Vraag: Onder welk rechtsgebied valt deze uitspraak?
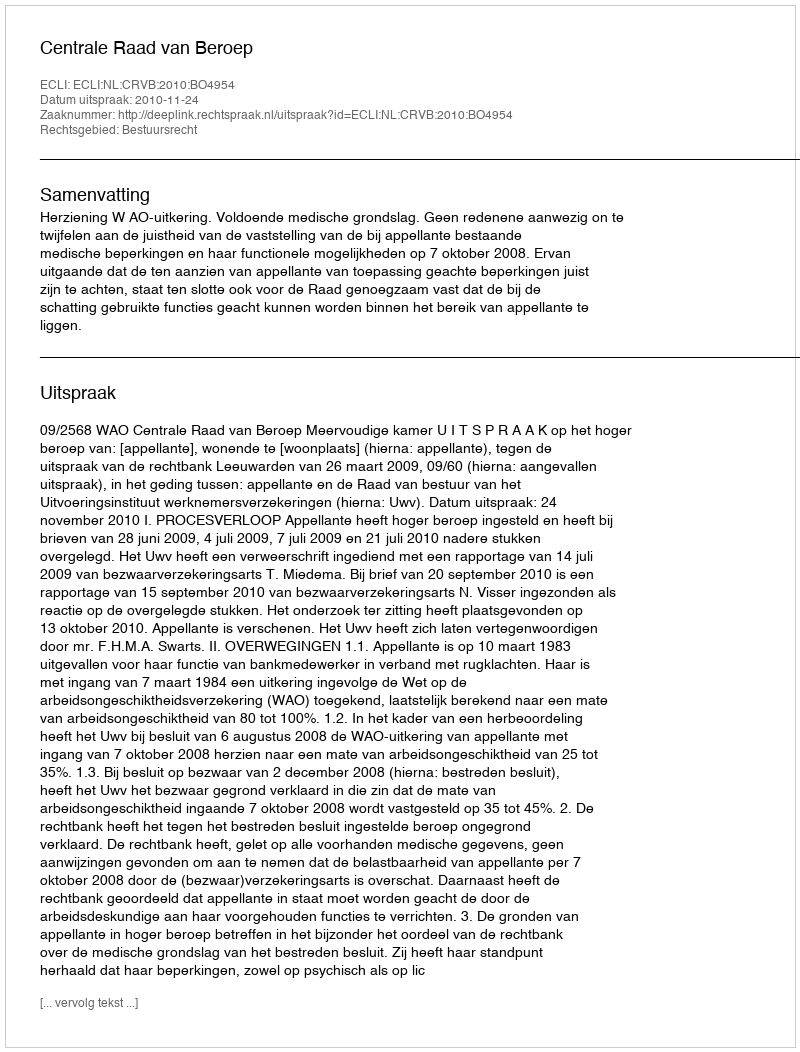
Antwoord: Bestuursrecht